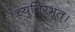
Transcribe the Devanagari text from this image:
च्युतिरभूत्।